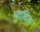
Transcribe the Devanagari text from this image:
भूतादिक